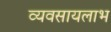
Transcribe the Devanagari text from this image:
व्यवसायलाभ